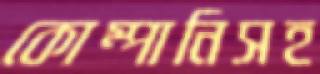
কোম্পানিসহ